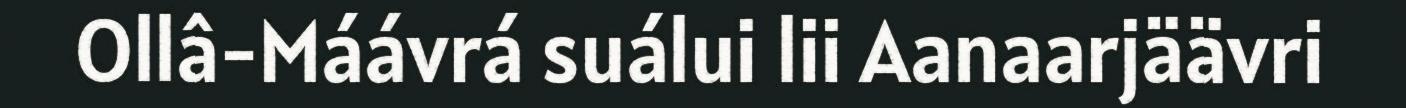
Ollâ-Máávrá suálui lii Aanaarjäävri